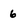
Character: 6